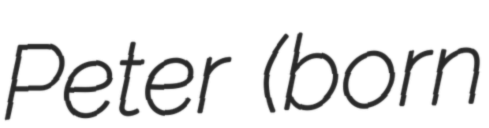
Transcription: Peter (born